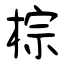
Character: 棕